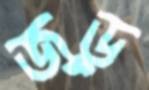
জুড়